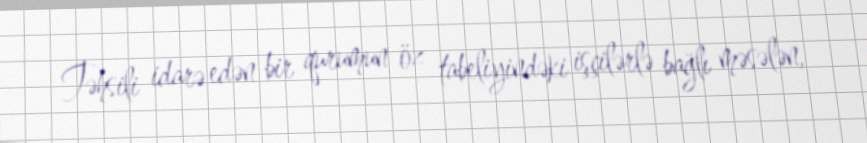
Təhsili idarə edən bir qurumun öz tabeliyindəki işçilərlə bağlı məsələn,